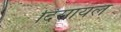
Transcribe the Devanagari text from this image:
दिसायल